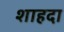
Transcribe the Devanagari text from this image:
शाहदा